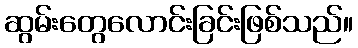
ဆွမ်းတွေလောင်းခြင်းဖြစ်သည်။